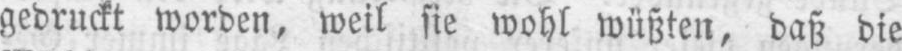
gedruckt worden, weil sie wohl wüßten, daß die